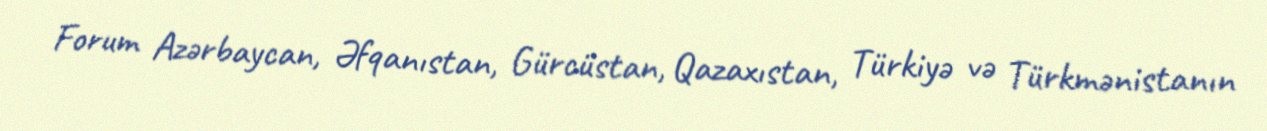
Forum Azərbaycan, Əfqanıstan, Gürcüstan, Qazaxıstan, Türkiyə və Türkmənistanın